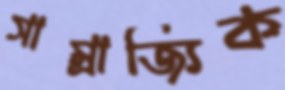
সাম্রাজ্যিক